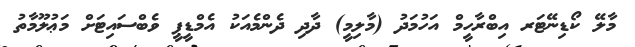
މާލޭ ކޯޑިނޭޓަރ އިބްރާހީމް އަހުމަދު (މާލިމީ) ދާދި ދެންމެއަކު އެމްޑީޕީ ވެބްސައިޓަށް މަޢުލޫމާތު